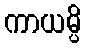
ကာယမ္ပိ